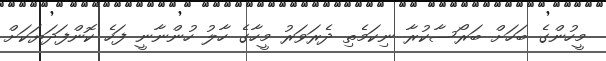
މީހުންގެ ބަހަށް ބަރޯސާކުރާ ނިކަމެތި ދެރަވަރު މީހާގެ ހާލު ހުންނާނީ ފަހެ ކޮންފަދަޔަކަށް